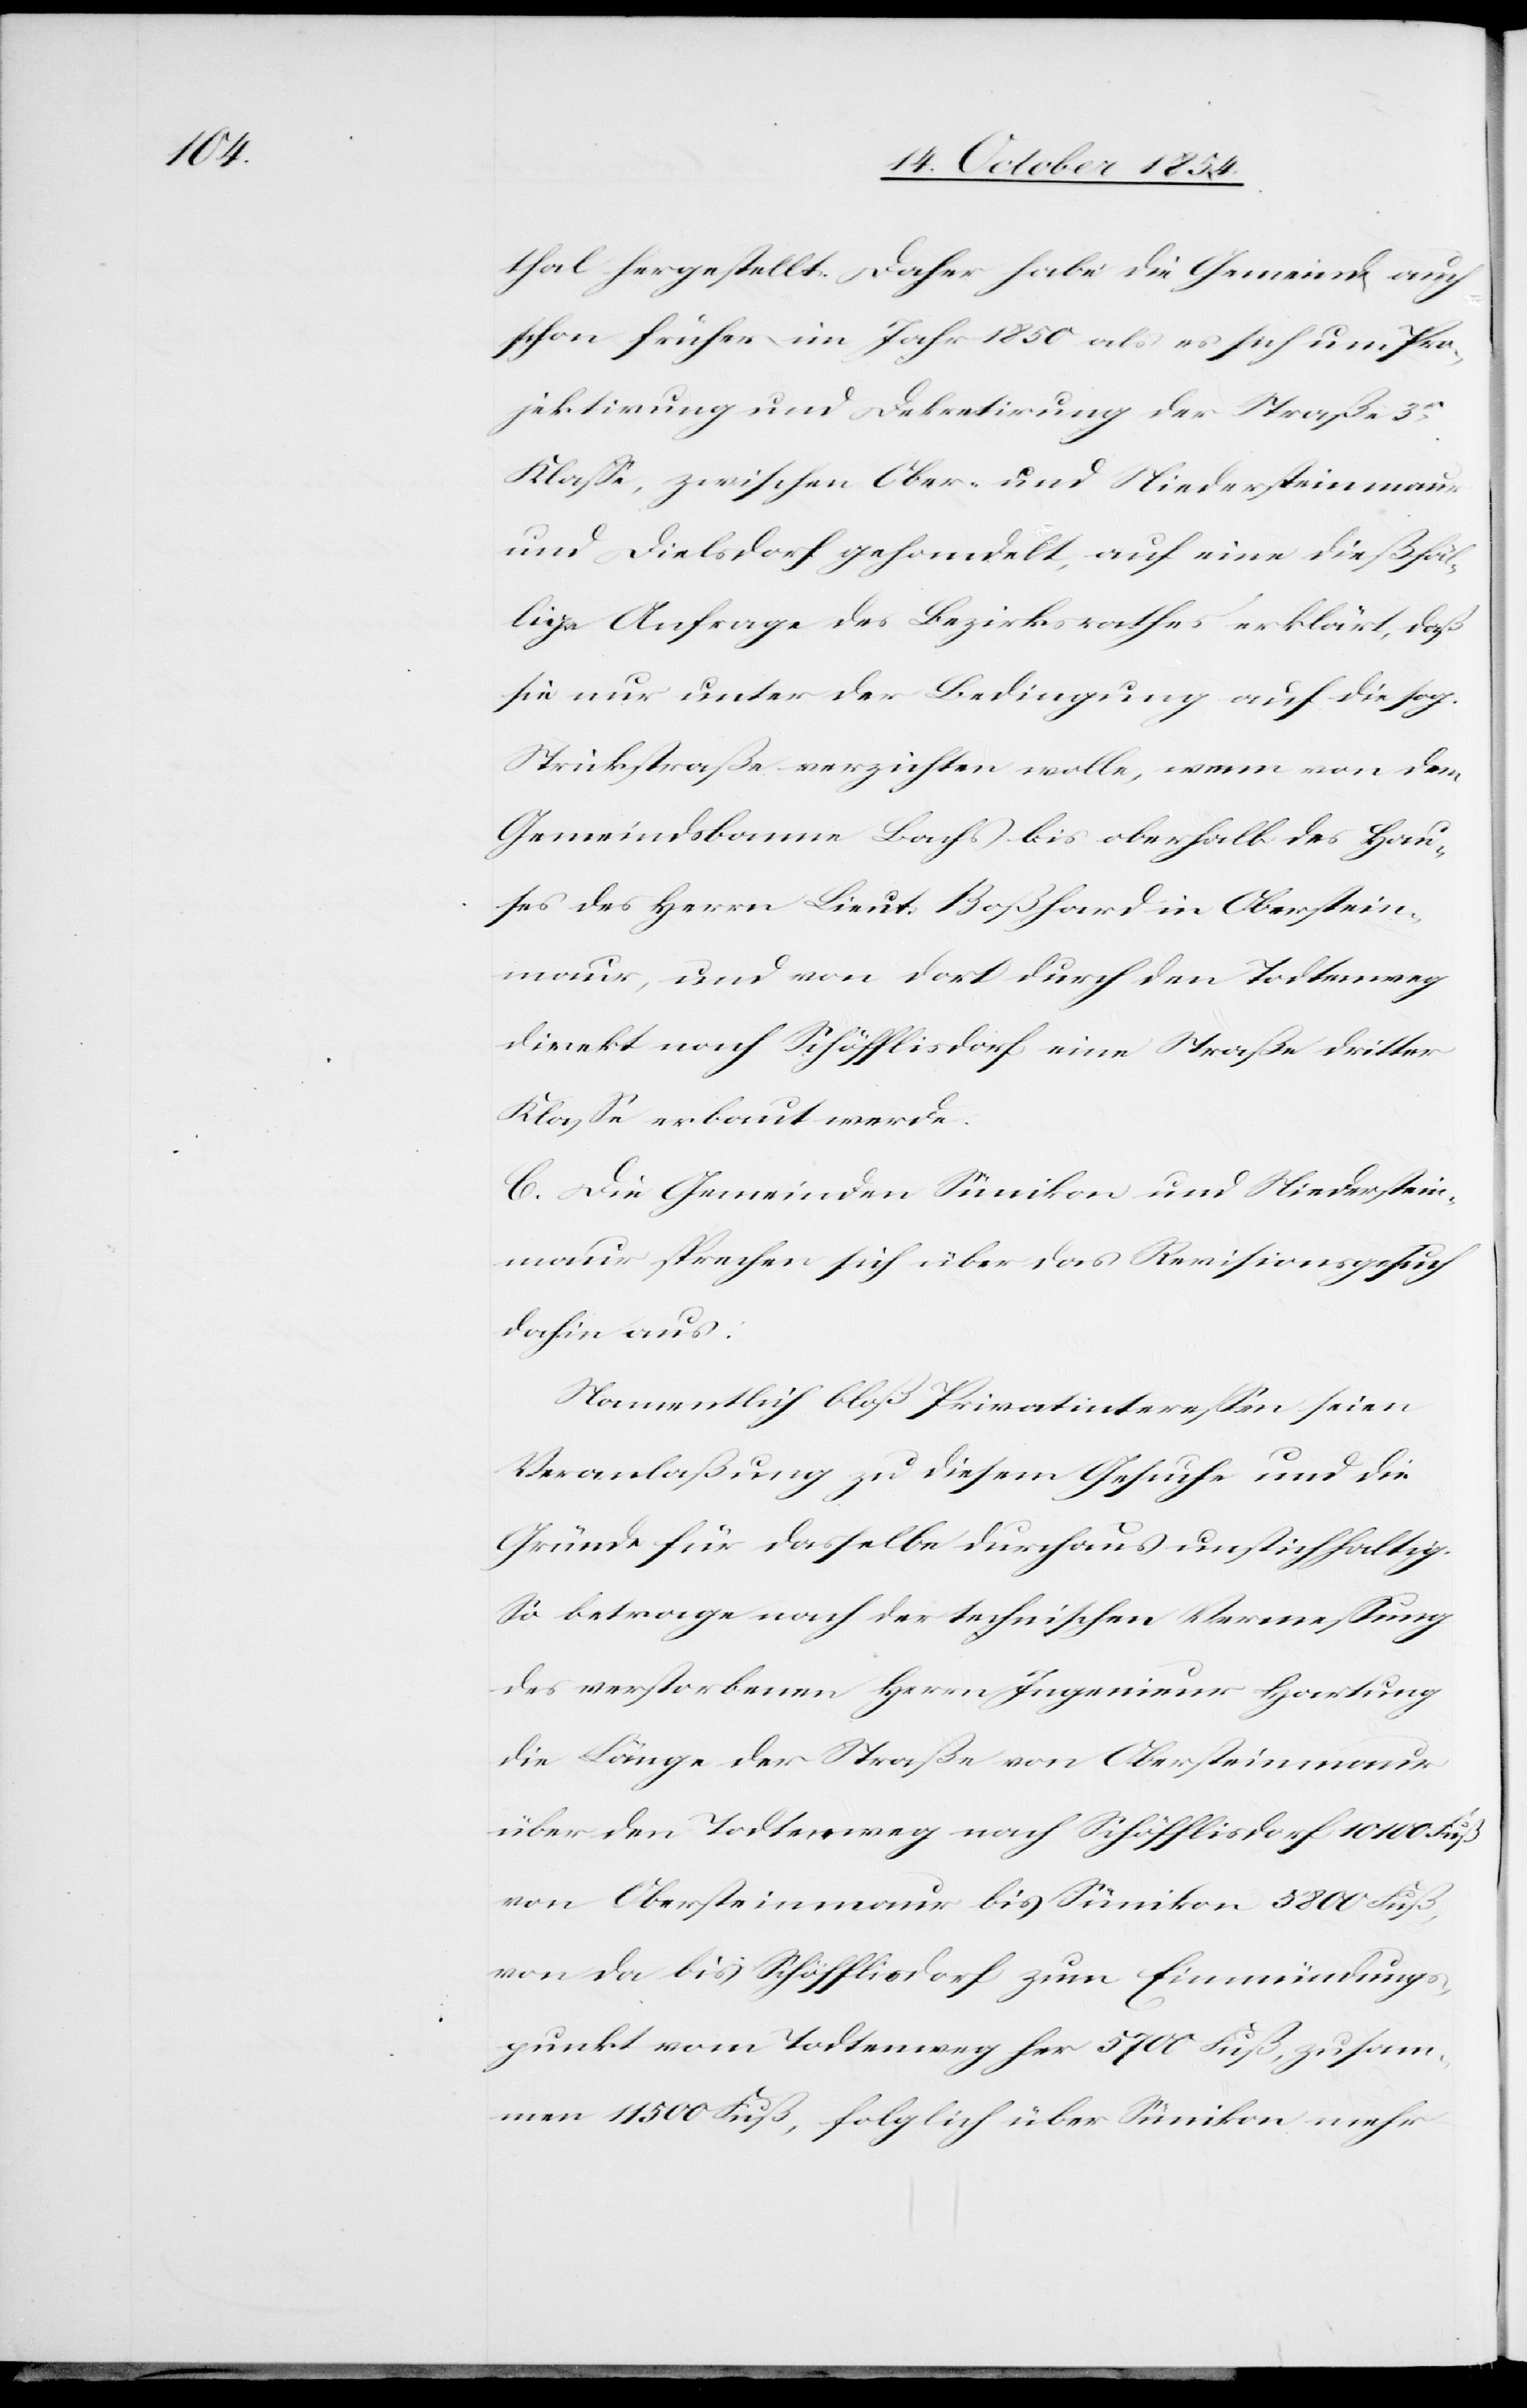
thal hergestellt. Daher habe die Gemeinde auch
schon früher im Jahr 1850 als es sich um Pro¬
jektirung und Dekretirung der Straße 3r
Klaße, zwischen Ober- und Niedersteinmaur
und Dielsdorf gehandelt, auf eine dießfäl¬
lige Anfrage des Bezirksrathes erklärt, daß
sie nur unter der Bedingung auf die sog.
Strickstraße verzichten wolle, wenn von dem
Gemeindsbanne Bachs bis oberhalb des Hau¬
ses des Herrn Lieut. Boßhard in Oberstein¬
maur, und von dort durch den Todtenweg
direkt nach Schöfflisdorf eine Straße dritter
Klaße erbaut werde.
C. Die Gemeinden Sünikon und Niederstein¬
maur sprechen sich über das Revisionsgesuch
dahin aus:
Namentlich bloß Privatintereßen seien
Veranlaßung zu diesem Gesuche und die
Gründe für dasselbe durchaus unstichhaltig.
So betrage nach der technischen Vermeßung
die Länge der Straße von Obersteinmaur
über den Todtenweg nach Schöfflisdorf 10 100 Fuß,
von da bis Schöfflisdorf zum Einmündungs¬
punkt vom Todtenweg her 5700 Fuß, zusam¬
men 11 500 Fuß, folglich über Sünikon mehr